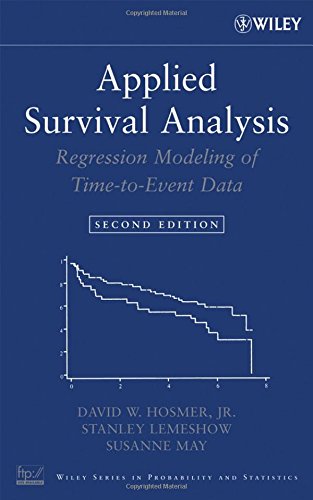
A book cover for Applied Survival Analysis: Regression Modeling of Time to Event Data; David W. Hosmer Jr.; Medical Books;